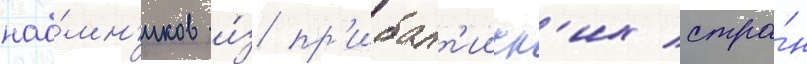
нао́мн'иков и́з пр'ибалт'ииск'их стра́н